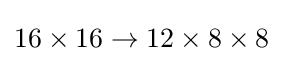
16\times 16\to 12\times 8\times 8